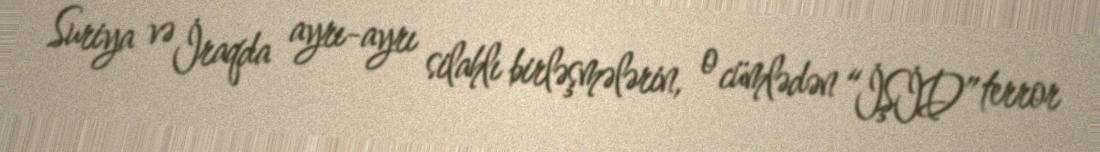
Suriya və İraqda ayrı-ayrı silahlı birləşmələrin, o cümlədən “İŞİD” terror